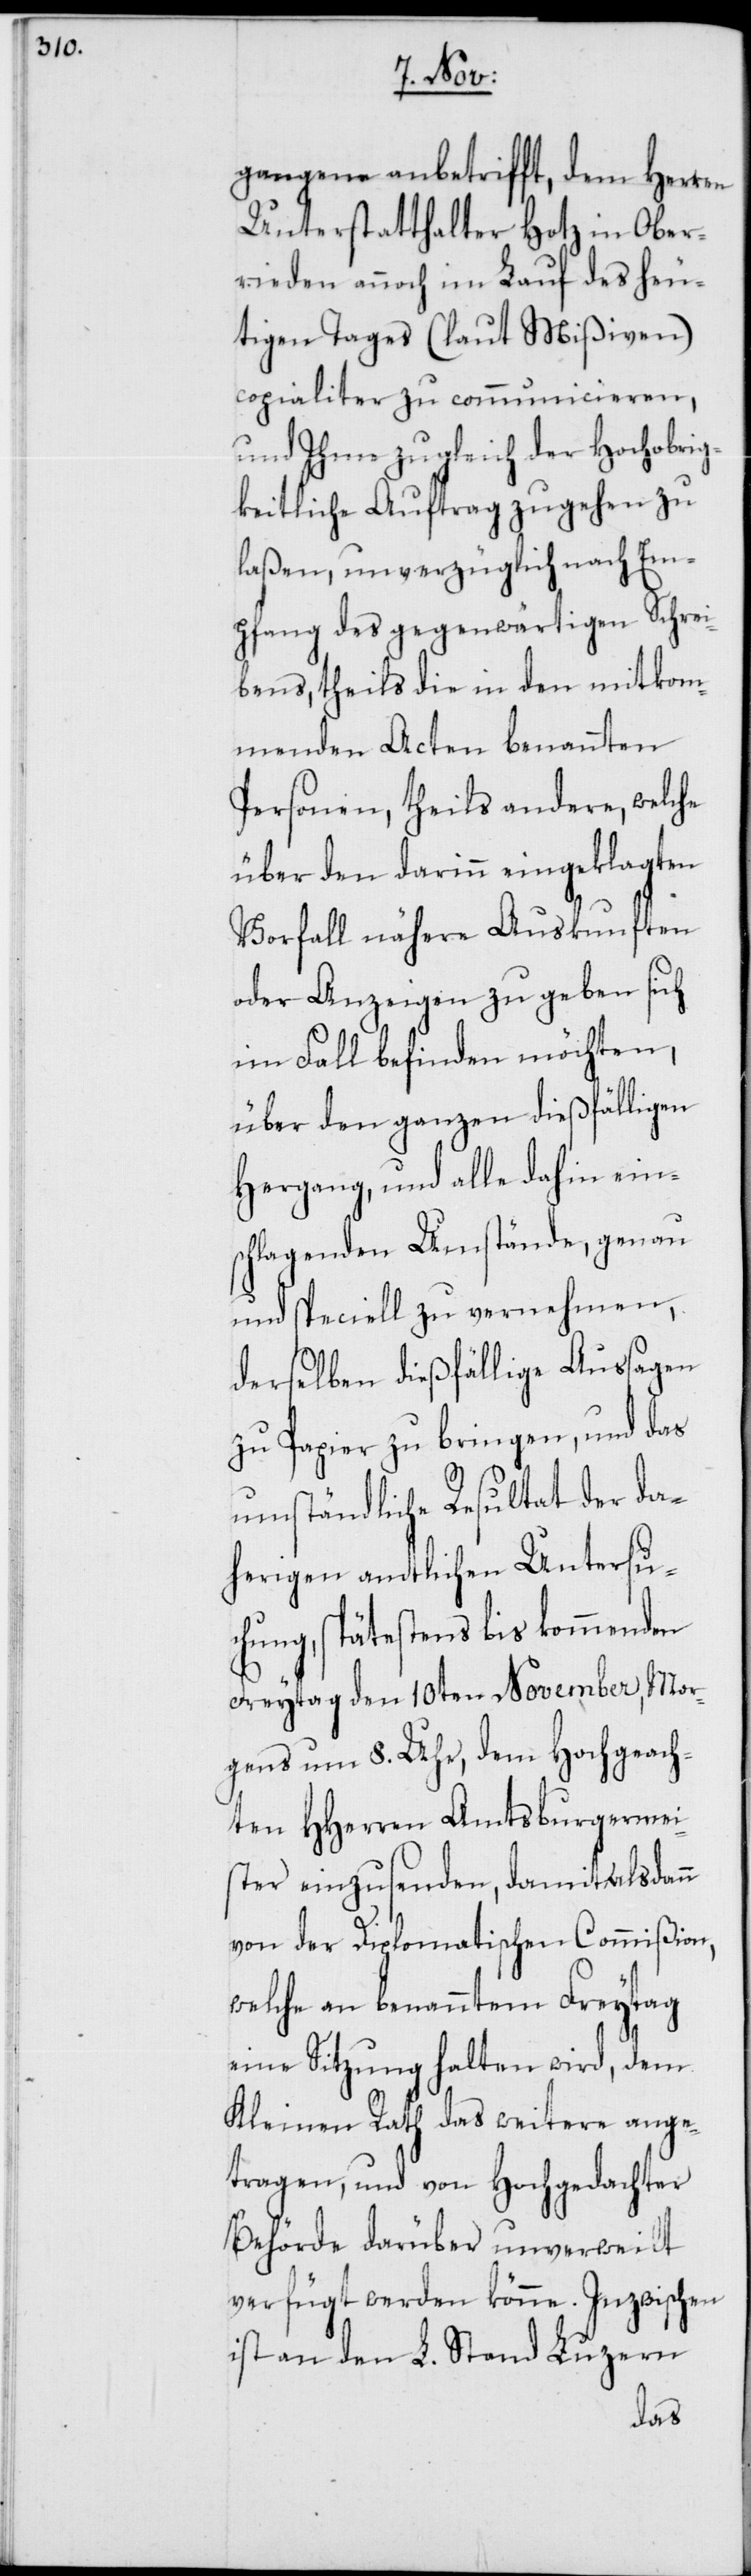
gangene anbetrifft, dem Herren
Unterstatthalter Hotz in Ober¬
rieden annoch im Lauf des heu¬
tigen Tages (laut Mißiven)
copialiter zu communicieren,
und Ihme zugleich der Hochobrig¬
keitliche Auftrag zugehen zu
laßen, unverzüglich nach Em¬
pfang des gegenwärtigen Schrei¬
bens, theils die in den mitkom¬
menden Acten benannten
Personen, theils andere, welche
über den darinn eingeklagten
Vorfall nähere Auskunften
oder Anzeigen zu geben sich
im Fall befinden möchten,
über den ganzen dießfälligen
Hergang, und alle dahin ein¬
schlagenden Umstände, genau
und speciell zu vernehmen,
derselben dießfällige Aussagen
zu Papier zu bringen, und das
umständliche Resultat der da¬
herigen amtlichen Untersu¬
chung, spätestens bis kommenden
Freytag den 10ten November, Mor¬
gens um 8. Uhr, dem Hochgeach¬
ten HHerren Amtsburgermei¬
ster einzusenden, damit alsdann
von der Diplomatischen Commißion,
welche an benanntem Freytag
eine Sitzung halten wird, dem
Kleinen Rath das weitere ange¬
tragen, und von Hochgedachter
Behörde darüber unverweilt
verfügt werden könne. Inzwischen
ist an den L. Stand Luzern